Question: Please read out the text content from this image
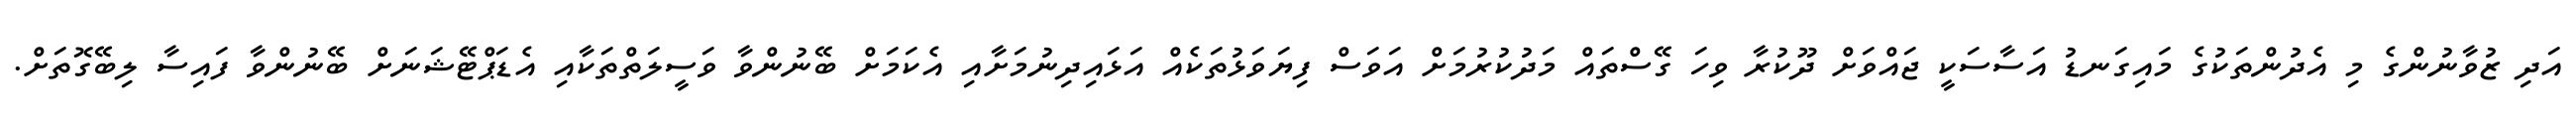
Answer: އަދި ޒުވާނުންގެ މި އެދުންތަކުގެ މައިގަނޑު އަސާސަކީ ޖައްވަށް ދޫކުރާ ވިހަ ގޭސްތައް މަދުކުރުމަށް އަވަސް ފިޔަވަޅުތަކެއް އަޅައިދިނުމަށާއި އެކަމަށް ބޭނުންވާ ވަސީލަތްތަކާއި އެޑަޕްޓޭޝަނަށް ބޭނުންވާ ފައިސާ ލިބޭގޮތަށް.